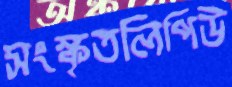
সংস্কৃতলিপিউ